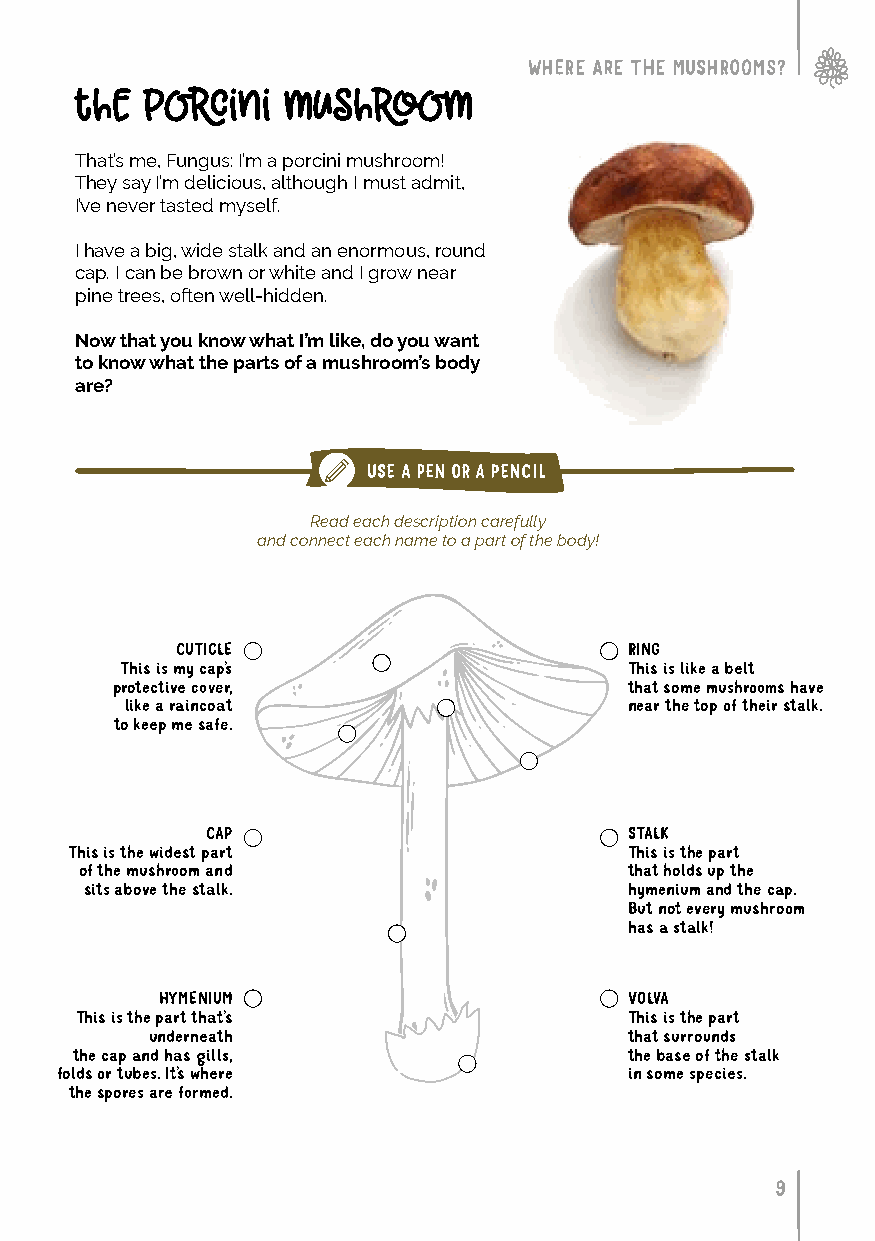
WHERE ARE THE MUSHROOMS?
 the  porcini  mushroom
 That’s me, Fungus: I’m a porcini mushroom!
 They say I’m delicious, although I must admit,
 I’ve never tasted myself.
 I have a big, wide stalk and an enormous, round
 cap. I can be brown or white and I grow near
 pine trees, often well-hidden.
 Now that you know what I’m like, do you want
 to know what the parts of a mushroom’s body
 are?
 USE A PEN OR A PENCIL
 Read each description carefully
 and connect each name to a part of the body!
 CUTICLE                       RING
 This is my cap’s                  This is like a belt
 protective cover,                  that some mushrooms have
 like a raincoat                   near the top of their stalk.
 to keep me safe.
 CAP                         STALK
 This is the widest part              This is the part
 of the mushroom and                  that holds up the
 sits above the stalk.               hymenium and the cap.
 But not every mushroom
 has a stalk!
 HYMENIUM                       VOLVA
 This is the part that’s              This is the part
 underneath                      that surrounds
 the cap and has gills,               the base of the stalk
 folds or tubes. It’s where            in some species.
 the spores are formed.
 9